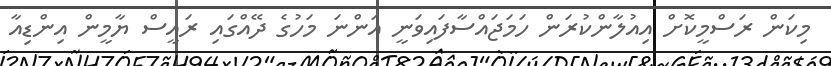
މިކަން ރަސްމީކޮށް އިއުލާންކުރަން ހަމަޖައްސާފައިވަނީ އަންނަ މަހުގެ ދޭއްގައި ރައީސް ޔާމީން އިންޑިއާ